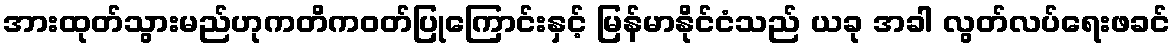
အားထုတ်သွားမည်ဟုကတိကဝတ်ပြုကြောင်းနှင့် မြန်မာနိုင်ငံသည် ယခု အခါ လွတ်လပ်ရေးဖခင်